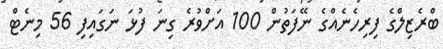
ބްރެޒިލްގެ ފިރިހެނެއްގެ ނޭފަތުން 100 އަށްވުރެ ގިނަ ފުޅަ ނަގައިފި 56 މިނެޓް